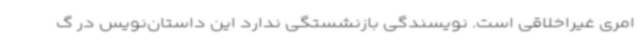
امری غیراخلاقی است. نویسندگی بازنشستگی ندارد این داستان‌نویس در گ